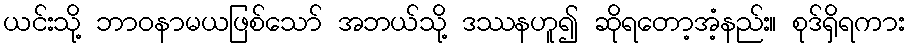
ယင်းသို့ ဘာဝနာမယဖြစ်သော် အဘယ်သို့ ဒဿနဟူ၍ ဆိုရတော့အံ့နည်း။ စုဒ်ရှိရကား